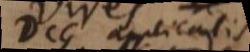
DCG applicatis,